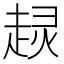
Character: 𧼍